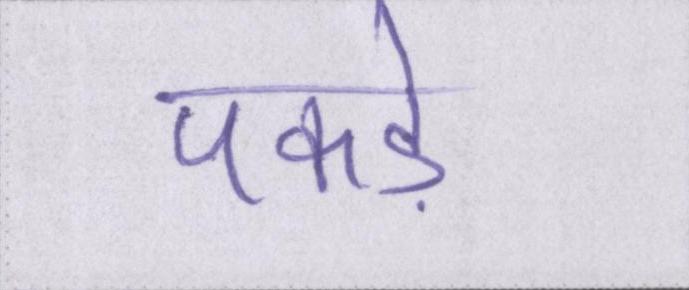
पकड़े